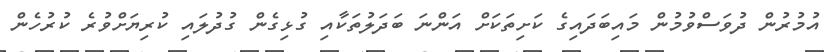
އުމުރުން ދުވަސްވުމުން މައިބަދައިގެ ކަށިތަކަށް އަންނަ ބަދަލުތަކާއި ގުޅިގެން ގުދުލައި ކުރިޔަށްވުރެ ކުރުހެން